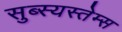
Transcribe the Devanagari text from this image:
सुब्स्यस्तेम्स